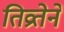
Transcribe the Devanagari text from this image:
तिव्रतेने